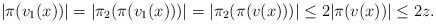
LaTeX: \begin{align*}|\pi(v_1(x))|=|\pi_2(\pi(v_1(x)))|=|\pi_2(\pi(v(x)))| \le 2|\pi(v(x))|\le 2z. \end{align*}